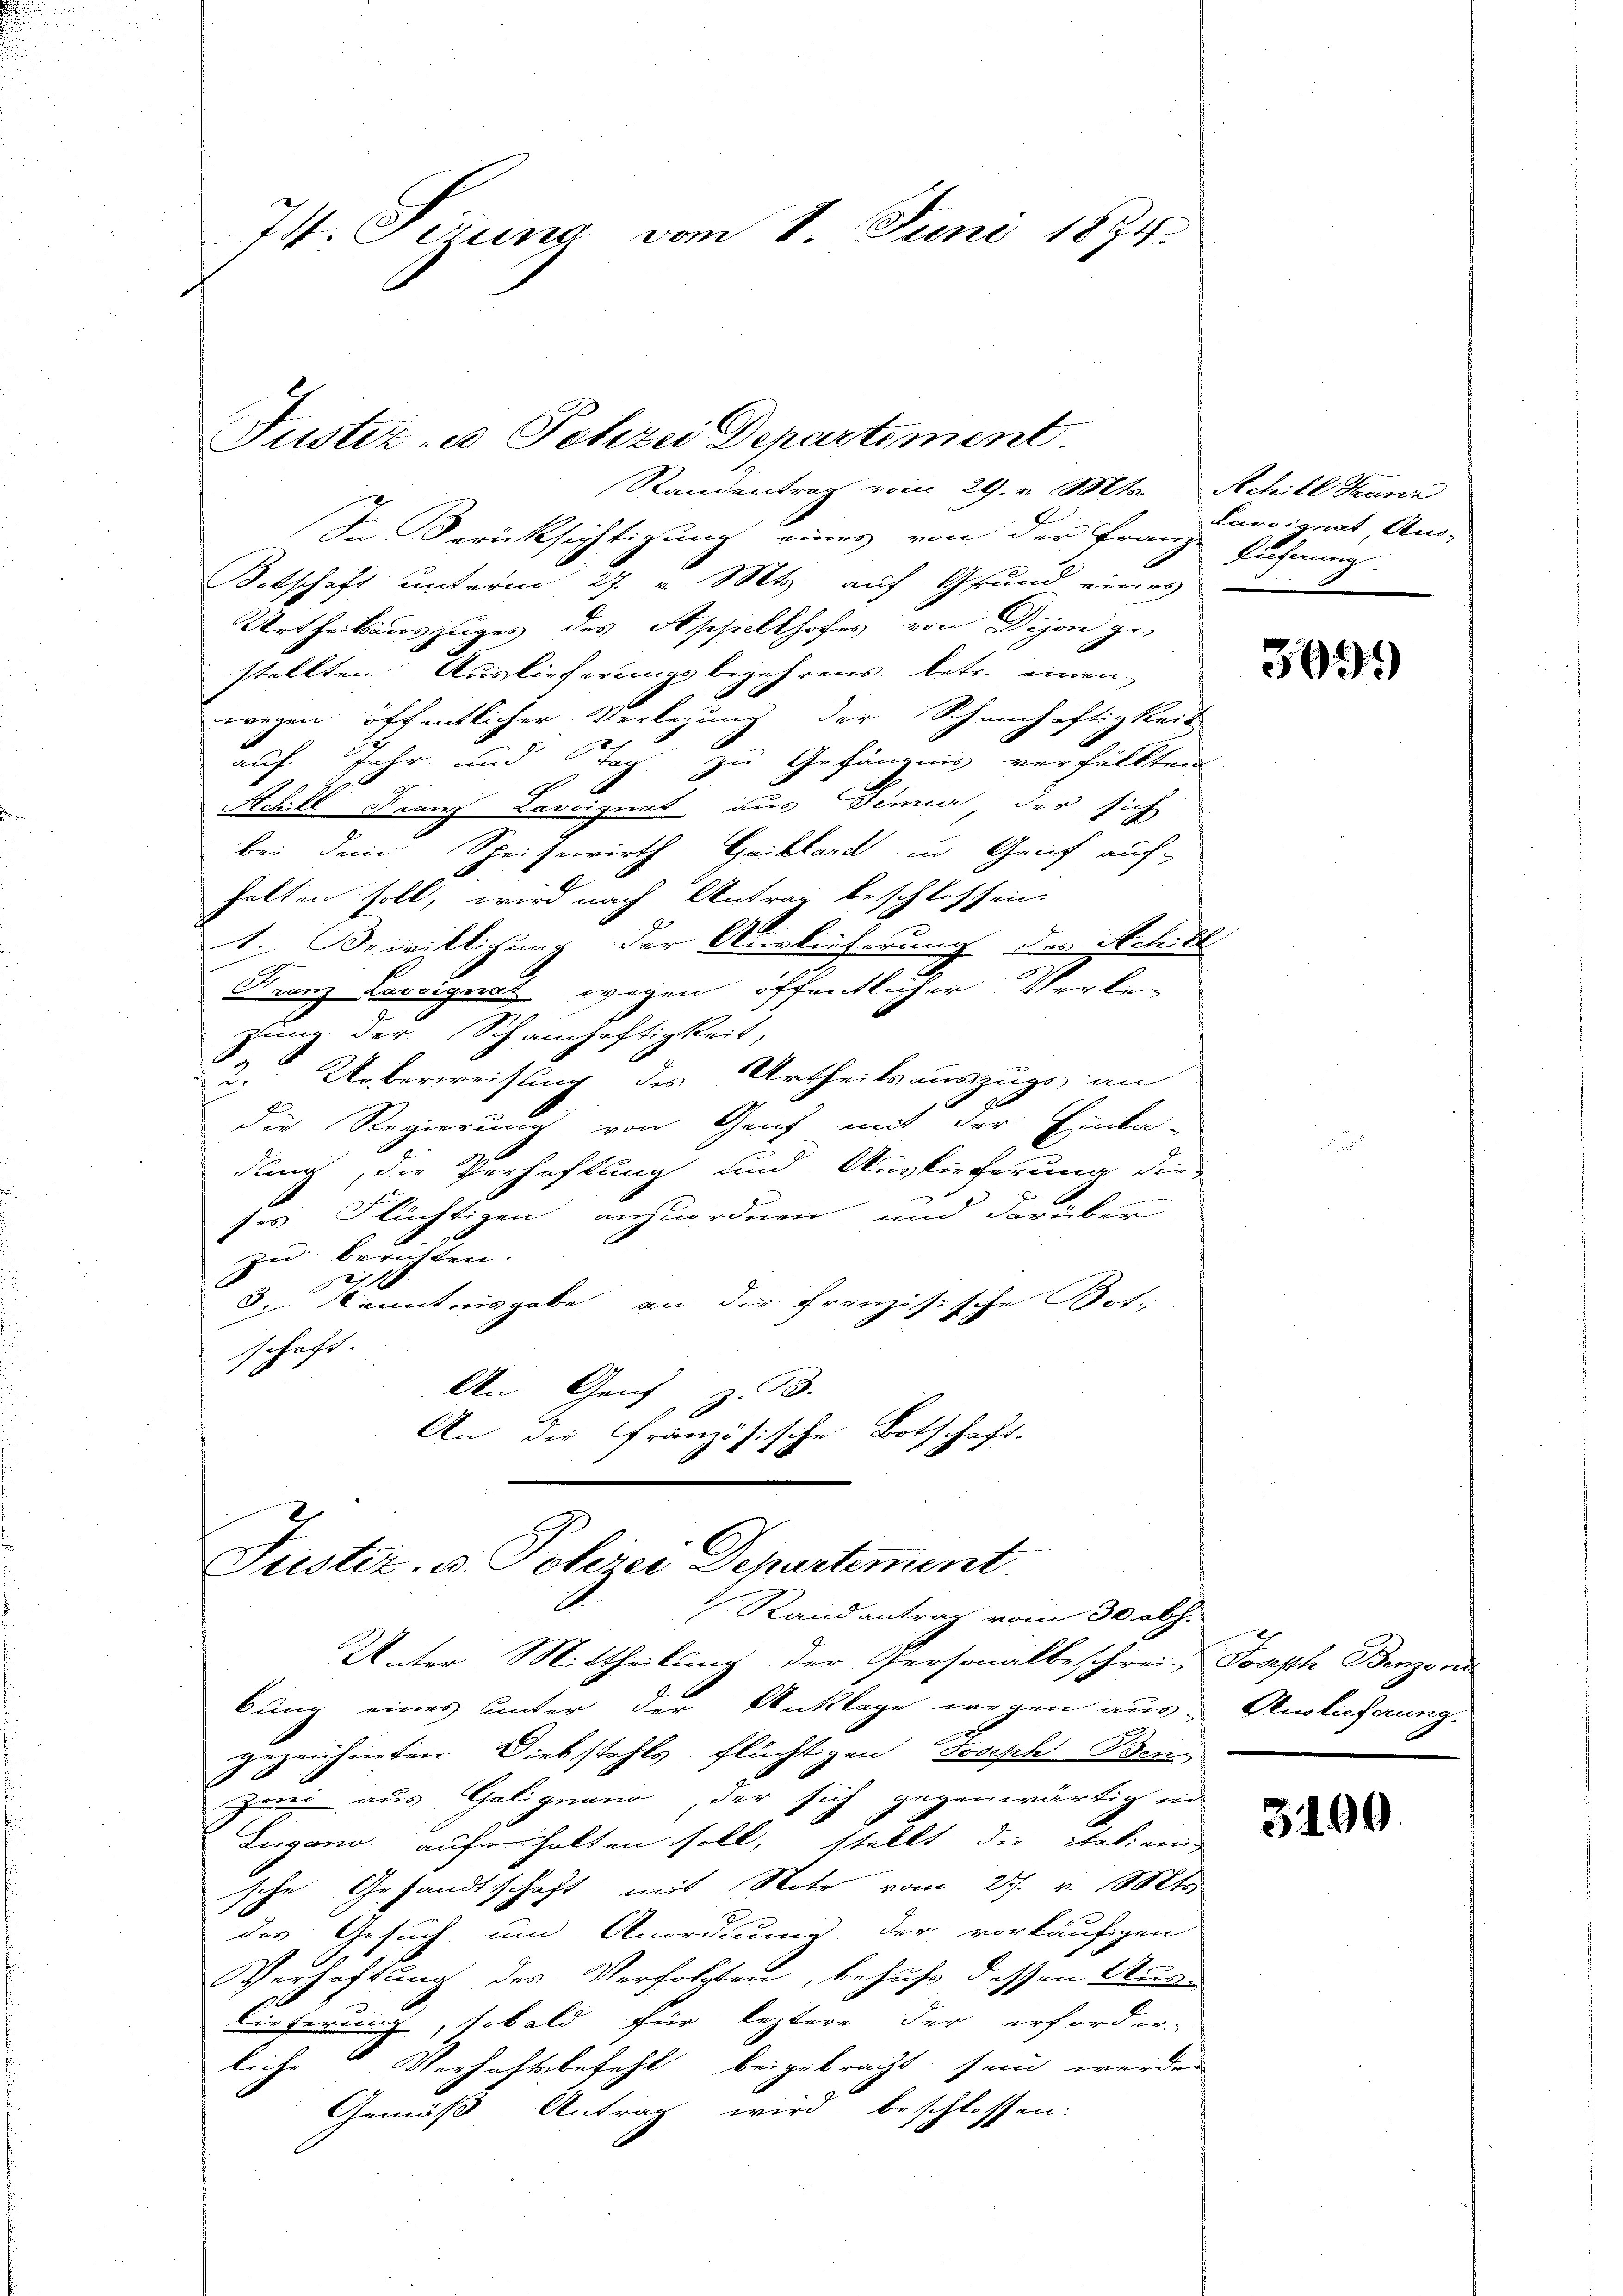
74. Sizung vom 1. Juni 1874.

Justiz - Polizei Departement.

Randentrag vom 29. v. Mts. Achill Tanz
In Berücksichtigung eines von der Franz-
Botschaft unterm 27. v. Mts. auf Grund eines
Urtheilsauszuges des Appellhofes von Dijon ge-
stellten Auslieferungsbegehrens betr. einen
wegen öffentlicher Verlegung der Schrecheftigkeit
auf Jahr und Tag zu Gefängnis verfällten
Achill Franz Lavoignat aus denner der sich
bei dem Speisewirth Gaiblard in Genf auf-
halten soll, wird nach Antrag beschlossen.
1. Beiriklichung der Auslieferung des Schill
Franz Laroignat, wegen öffentlicher Verlezung der Schamhaftigkeit,
2. Ueberweisung des Urtheilsauszugs an
die Regierung von Genf mit der Einla-
dung, die Verhaftung und Auslieferung die
r
ses Flüchtigen anzuordnen, und darüber
zu berichten.
x
de Kenntnisgabe an die französische Bot-
schaft.
An Genf z. B.
An die Französische Botschaft.
.

Justiz- u. Polizei Departement
Randantrag vom 30. abh.

Unter Mittheilung der Personalbeschrei- Joseph Benzend
bung eines unter der Anklage wegen aus-Auslieferung.
gezeichneten Diebstahls flüchtigen Joseph Benzen aus Golignen, der sich gegenwärtig ein
Lugano aufhalten soll, stellt die Italienig
sche Gesandtschaft mit Note vom 21. v. Mts.
des Gesuch und Anordnung der vorläufigen
Verhaftung des Verfolgten, behuf dessen Auslieferung, sobald für leztere der erforder-
liche Verhaftsbefehl beigebracht sein werden
Gemäß Antrag wird beschlossen:

Lavsignat Aus-
Rührung.

369.

3190